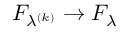
F _ { \lambda ^ { ( k ) } } \to F _ { \lambda }